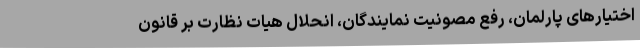
اختیارهای پارلمان، رفع مصونیت نمایندگان، انحلال هیات نظارت بر قانون